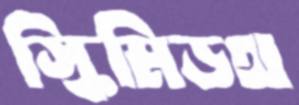
স্কিমিডথ